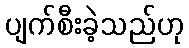
ပျက်စီးခဲ့သည်ဟု